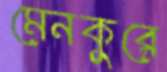
মেনকুরে